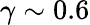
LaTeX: \gamma\sim 0.6